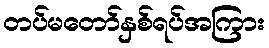
တပ်မတော်နှစ်ရပ်အကြား